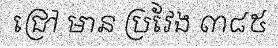
ជ្រៅ មាន ប្រវែង ៣៨៥